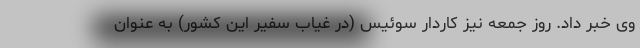
وی خبر داد. روز جمعه نیز کاردار سوئیس (در غیاب سفیر این کشور) به عنوان